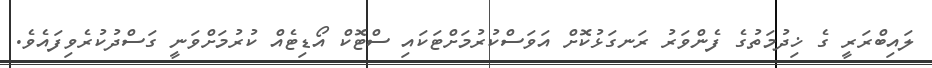
ލައިބްރަރީ ގެ ޚިދުމަތުގެ ފެންވަރު ރަނގަޅުކޮށް އަވަސްކުރުމަށްޓަކައި ސްޓޮކް އޯޑިޓެއް ކުރުމަށްވަނީ ގަސްދުކުރެވިފައެވެ.